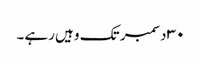
٣٠ دسمبر تک وہیں رہے۔